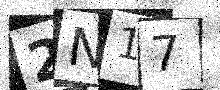
Text: 2N17